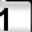
Digit: 1